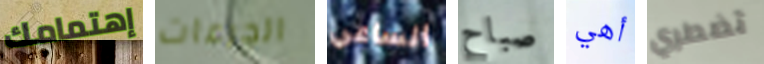
إهتمامك الجرعات الساعي صباح أهي تضطري